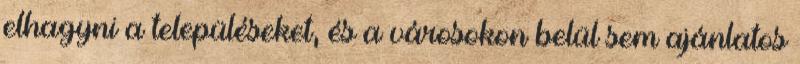
elhagyni a településeket, és a városokon belül sem ajánlatos